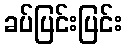
ခပ်ပြင်းပြင်း